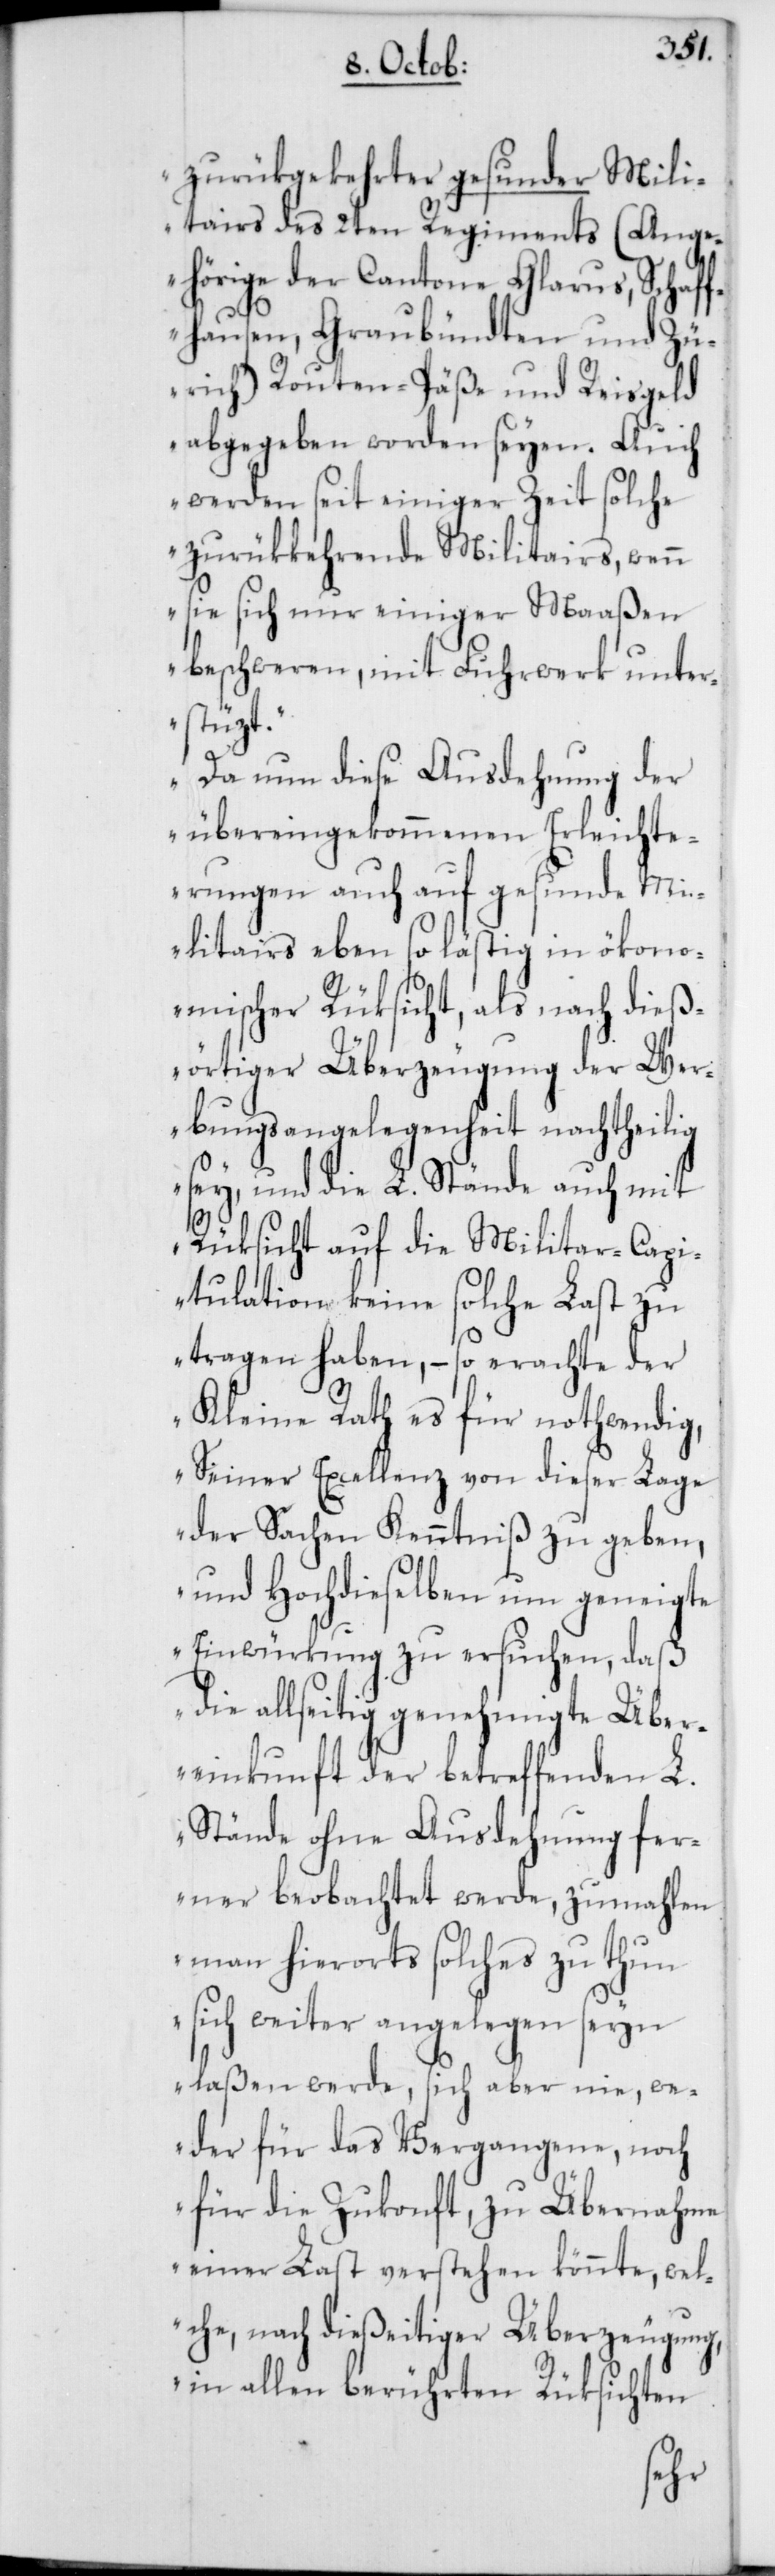
zurükgekehrter gesunder Mili¬
tairs des 2ten Regiments (Ange¬
hörige der Cantone Glarus, Schaf¬
fhausen, Graubündten und Zü¬
rich) Routen-Päße und Reisgeld
abgegeben worden seyen. Auch
werden seit einiger Zeit solche
zurükkehrende Militairs, wenn
sie sich nur einiger Maaßen
beschweren, mit Fuhrwerk unter¬
stüzt.
Da nun diese Ausdehnung der
übereingekommenen Erleichte¬
rungen auch auf gesunde Mi¬
litairs eben so lästig in ökono¬
mischer Rüksicht, als nach dieß¬
örtiger Überzeugung der Wer¬
bungsangelegenheit nachtheilig
sey, und die L. Stände auch mit
Rüksicht auf die Militar-Capi¬
tulation keine solche Last zu
tragen haben, – so erachte der
Kleine Rath es für nothwendig,
Seiner Excellenz von dieser Lage
der Sachen Kenntniß zu geben,
und Hochdieselben um geneigte
Einwürkung zu ersuchen , daß
die allseitig genehmigte Über¬
einkunft der betreffenden L.
Stände ohne Ausdehnung fer¬
ner beobachtet werde, zumahlen
man hierorts solches zu thun
sich weiter angelegen seyn
laßen werde, sich aber nie, we¬
der für das Vergangene noch
für die Zukonft, zu Übernahme
einer Last verstehen könnte, wel¬
che, nach dießeitiger Überzeugung,
in allen berührten Rüksichten